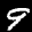
Label: 9